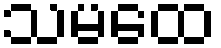
သမထေ